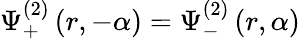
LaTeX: \Psi_{+}^{(2)}\left(r,-\alpha\right)=\Psi_{-}^{(2)}\left(r,\alpha\right)